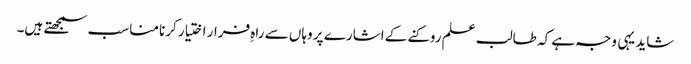
شاید یہی وجہ ہے کہ طالب علم روکنے کے اشارے پر وہاں سے راہِ فرار اختیار کرنا مناسب سمجھتے ہیں۔